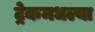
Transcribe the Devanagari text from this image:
ट्रेकमधल्या